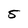
Character: 5